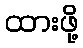
ထားဖို့